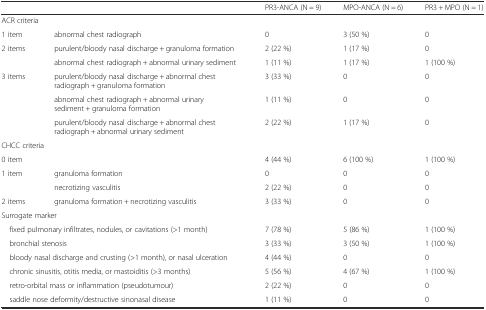
<table><thead><tr><td colspan="2"></td><td><b>PR3-ANCA (N = 9)</b></td><td><b>MPO-ANCA (N = 6)</b></td><td><b>PR3 + MPO (N = 1)</b></td></tr></thead><tbody><tr><td colspan="2">ACR criteria</td><td></td><td></td><td></td></tr><tr><td>1 item</td><td>abnormal chest radiograph</td><td>0</td><td>3 (50 %)</td><td>0</td></tr><tr><td>2 items</td><td>purulent/bloody nasal discharge + granuloma formation</td><td>2 (22 %)</td><td>1 (17 %)</td><td>0</td></tr><tr><td></td><td>abnormal chest radiograph + abnormal urinary sediment</td><td>1 (11 %)</td><td>1 (17 %)</td><td>1 (100 %)</td></tr><tr><td>3 items</td><td>purulent/bloody nasal discharge + abnormal chest radiograph + granuloma formation</td><td>3 (33 %)</td><td>0</td><td>0</td></tr><tr><td></td><td>abnormal chest radiograph + abnormal urinary sediment + granuloma formation</td><td>1 (11 %)</td><td>0</td><td>0</td></tr><tr><td></td><td>purulent/bloody nasal discharge + abnormal chest radiograph + abnormal urinary sediment</td><td>2 (22 %)</td><td>1 (17 %)</td><td>0</td></tr><tr><td colspan="2">CHCC criteria</td><td></td><td></td><td></td></tr><tr><td>0 item</td><td></td><td>4 (44 %)</td><td>6 (100 %)</td><td>1 (100 %)</td></tr><tr><td>1 item</td><td>granuloma formation</td><td>0</td><td>0</td><td>0</td></tr><tr><td></td><td>necrotizing vasculitis</td><td>2 (22 %)</td><td>0</td><td>0</td></tr><tr><td>2 items</td><td>granuloma formation + necrotizing vasculitis</td><td>3 (33 %)</td><td>0</td><td>0</td></tr><tr><td colspan="2">Surrogate marker</td><td></td><td></td><td></td></tr><tr><td colspan="2"> fixed pulmonary infiltrates, nodules, or cavitations (&gt;1 month)</td><td>7 (78 %)</td><td>5 (86 %)</td><td>1 (100 %)</td></tr><tr><td colspan="2"> bronchial stenosis</td><td>3 (33 %)</td><td>3 (50 %)</td><td>1 (100 %)</td></tr><tr><td colspan="2"> bloody nasal discharge and crusting (&gt;1 month), or nasal ulceration</td><td>4 (44 %)</td><td>0</td><td>0</td></tr><tr><td colspan="2"> chronic sinusitis, otitis media, or mastoiditis (&gt;3 months)</td><td>5 (56 %)</td><td>4 (67 %)</td><td>1 (100 %)</td></tr><tr><td colspan="2"> retro-orbital mass or inflammation (pseudotumour)</td><td>2 (22 %)</td><td>0</td><td>0</td></tr><tr><td colspan="2"> saddle nose deformity/destructive sinonasal disease</td><td>1 (11 %)</td><td>0</td><td>0</td></tr></tbody></table>